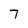
Character: 7